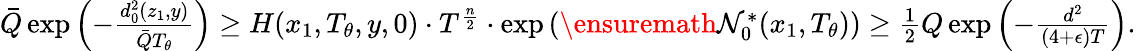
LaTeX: \begin{array}{r}{\bar{Q}\exp\left(-\frac{d_{0}^{2}(z_{1},y)}{\bar{Q}T_{\theta}}\right)\ge H(x_{1},T_{\theta},y,0)\cdot T^{\frac{n}{2}}\cdot\exp\left(\ensuremath{\mathcal{N}}_{0}^{*}(x_{1},T_{\theta})\right)\ge\frac{1}{2}Q\exp\left(-\frac{d^{2}}{(4+\epsilon)T}\right).}\end{array}